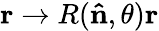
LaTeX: \mathbf{r}\rightarrow R(\mathbf{\hat{n}},\theta)\mathbf{r}